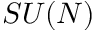
S U ( N )